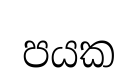
පයක